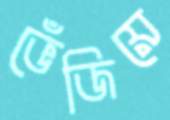
ভেঁজিয়ে